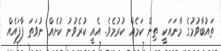
ތައުބާވުމުގެ މާނައަކީ ތިން ކަމެއް ކުރުމެވެ. އެއީ ކުރެވުނު ކުށެއް ނުވަތަ ފާފައެއް